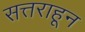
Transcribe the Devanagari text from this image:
सत्तराहून